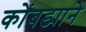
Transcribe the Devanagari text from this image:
कोंबड्याने